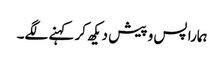
ہمارا پس و پیش دیکھ کر کہنے لگے۔